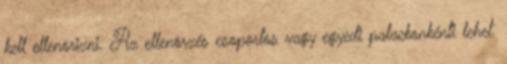
kell ellenõrizni. Az ellenõrzés csoportos vagy egyedi palackonkénti lehet.